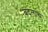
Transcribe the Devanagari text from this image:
बदलांच